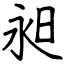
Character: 昶